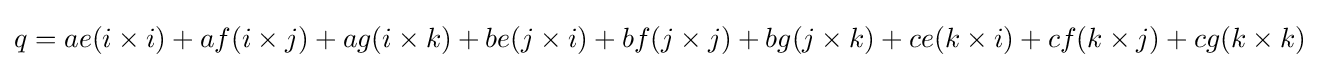
q=ae({i}\times {i})+af({i}\times {j})+ag({i}\times {k})+be({j}\times {i})+bf({j}\times {j})+bg({j}\times {k})+ce({k}\times {i})+cf({k}\times {j})+cg({k}\times {k})